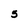
Character: 3